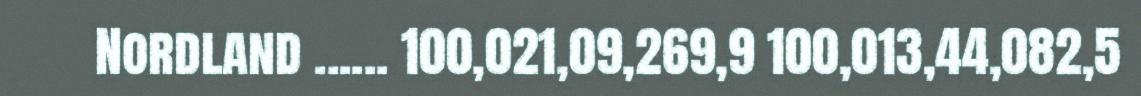
Nordland ...... 100,021,09,269,9 100,013,44,082,5